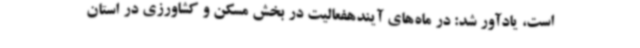
است، یادآور شد: در ماه‌های آیندهفعالیت در بخش مسکن و کشاورزی در استان